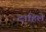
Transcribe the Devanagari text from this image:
दाहिले